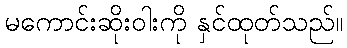
မကောင်းဆိုးဝါးကို နှင်ထုတ်သည်။